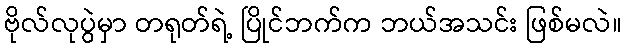
ဗိုလ်လုပွဲမှာ တရုတ်ရဲ့ ပြိုင်ဘက်က ဘယ်အသင်း ဖြစ်မလဲ။